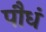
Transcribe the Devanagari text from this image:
पौधं